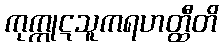
ကုက္ကုဋသူကရဟတ္ထီတိ